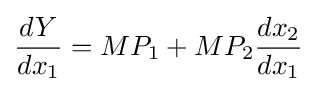
{\frac {dY}{dx_{1}}}=MP_{1}+MP_{2}{\frac {dx_{2}}{dx_{1}}}